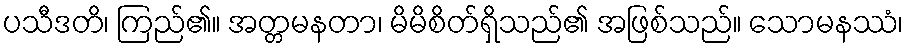
ပသီဒတိ၊ ကြည်၏။ အတ္တမနတာ၊ မိမိစိတ်ရှိသည်၏ အဖြစ်သည်။ သောမနဿံ၊